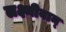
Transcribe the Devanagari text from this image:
लक्ष्मीवान्